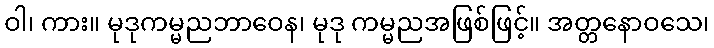
ဝါ၊ ကား။ မုဒုကမ္မညဘာဝေန၊ မုဒု ကမ္မညအဖြစ်ဖြင့်။ အတ္တနောဝသေ၊